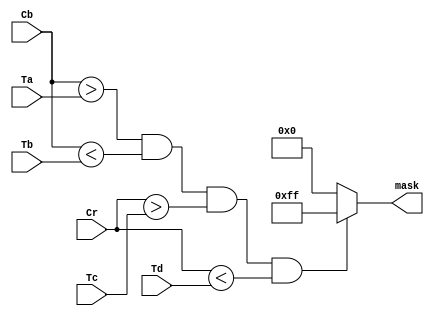
`timescale 1ns / 1ps
//////////////////////////////////////////////////////////////////////////////////
// Company: 
// Engineer: 
// 
// Design Name: 
// Module Name: bin_mask
// Project Name: 
// Target Devices: 
// Tool Versions: 
// Description: 
// 
// Dependencies: 
// 
// Revision:
// Revision 0.01 - File Created
// Additional Comments:
// 
//////////////////////////////////////////////////////////////////////////////////


module bin_mask(
    
    input wire[7 : 0] Ta,
    input wire[7 : 0] Tb,
    input wire[7 : 0] Tc,
    input wire[7 : 0] Td,
    
    input wire[7 : 0] Cb,
    input wire[7 : 0] Cr,
    
    output wire[7 : 0] mask
);

    assign mask = (Cb > Ta && Cb < Tb && Cr > Tc && Cr < Td) ? 8'd255 : 0;
endmodule